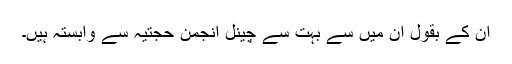
ان کے بقول ان میں سے بہت سے چینل انجمن حجتیہ سے وابستہ ہیں۔